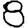
Digit: 8